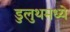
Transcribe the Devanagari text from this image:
डुलुथमध्ये